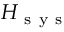
H _ { \mathrm { ~ s ~ y ~ s ~ } }